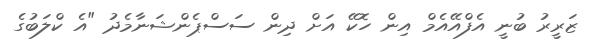
ޒަރީރު ބުނީ އެފްއޭއެމް އިން ހޮކޭ އަށް ދިން ސަސްޕެންޝަނާމެދު "އެ ކްލަބުގެ